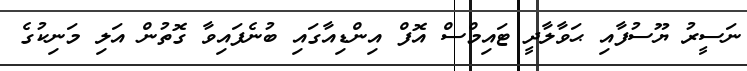
ނަސީރު ޔޫސުފާއި ޙަވާލާދީ ޓައިމްސް އޮފް އިންޑިއާގައި ބުނެފައިވާ ގޮތުން އަލި މަނިކުގެ